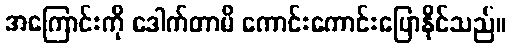
အကြောင်းကို ဒေါက်တာမိ ကောင်းကောင်းပြောနိုင်သည်။